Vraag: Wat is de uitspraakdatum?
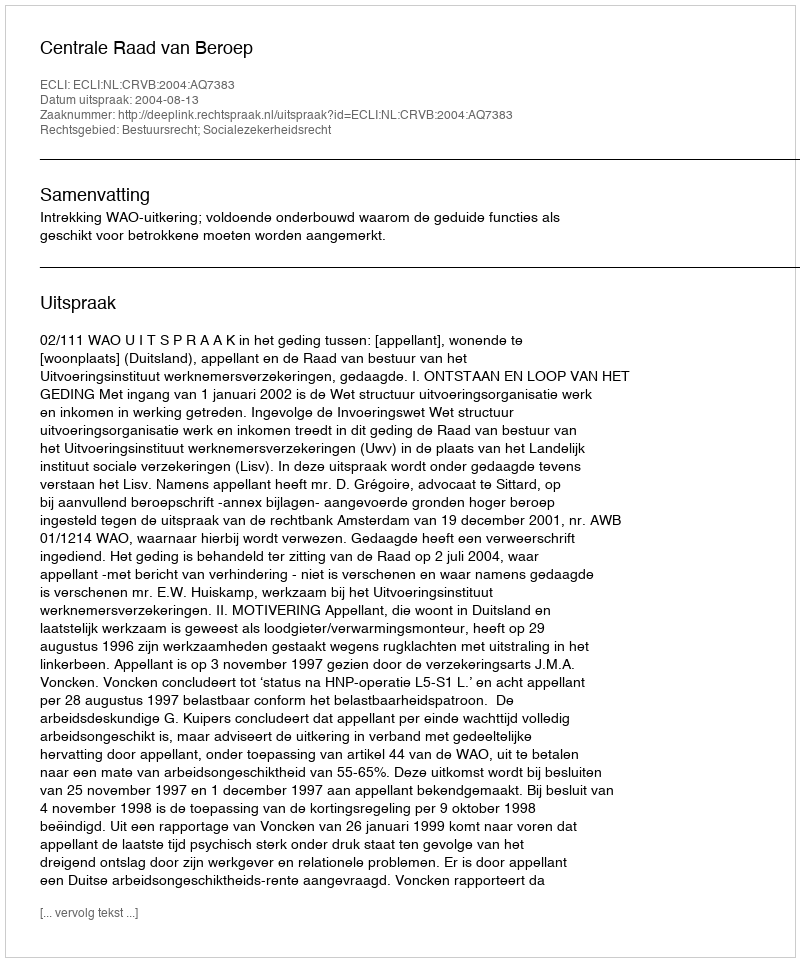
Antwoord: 2004-08-13